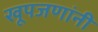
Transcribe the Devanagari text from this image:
खूपजणांनी